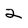
Character: 2